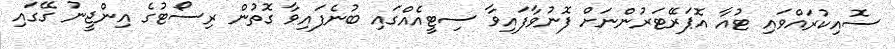
ސޮއިކުރައްވައި ޓުއާ އޮޕަރޭޓަރުންނަށް ފޮނުވާފައިވާ ސިޓީއެއްގައި ބުނެފައިވާ ގޮތުން ރިސޯޓުގެ އިންޖީނު ގޭގައި